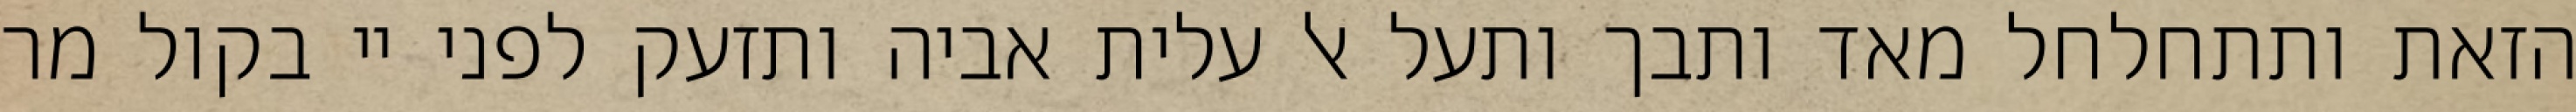
הזאת ותתחלחל מאד ותבך ותעל אל עלית אביה ותזעק לפני יי בקול מר